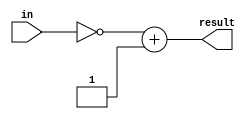
module twosCompliment(in,result);
   input [31:0] in;
   output [31:0] result;
   reg [31:0] result;
	
   always@(*) 
   begin
       result = ~in + 1;
   end
endmodule